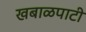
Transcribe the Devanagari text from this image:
खबाळपाटी